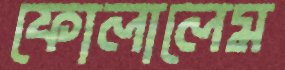
ফোলালেম